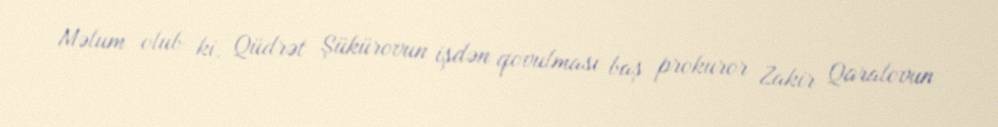
Məlum olub ki, Qüdrət Şükürovun işdən qovulması baş prokuror Zakir Qaralovun